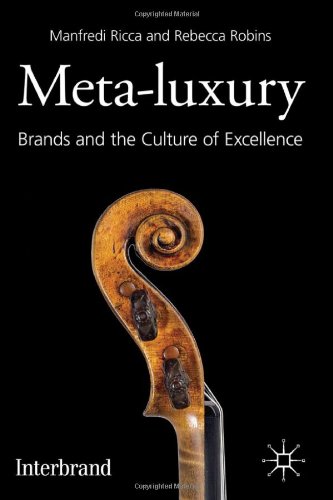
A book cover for Meta-Luxury: Brands and the Culture of Excellence; Manfredi Ricca; Business & Money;